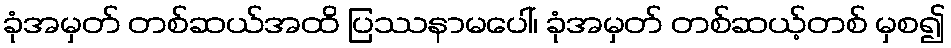
ခုံအမှတ် တစ်ဆယ်အထိ ပြဿနာမပေါ်၊ ခုံအမှတ် တစ်ဆယ့်တစ် မှစ၍